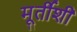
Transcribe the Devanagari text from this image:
मूर्तीशी